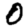
Digit: 0